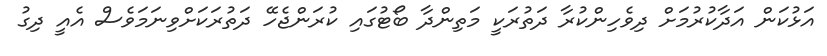
އަޅުކަން އަދާކުރުމަށް ދިވެހިންކުރާ ދަތުރަކީ މަތިންދާ ބޯޓުގައި ކުރަންޖެހޭ ދަތުރަކަށްވިނަމަވެސް އެއީ ދިގު